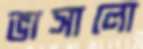
ভাসালো